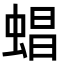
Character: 䗉